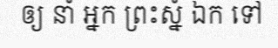
ឲ្យ នាំ អ្នក ព្រះស្នំ ឯក ទៅ